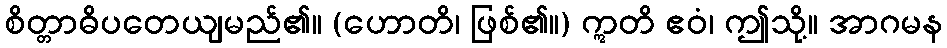
စိတ္တာဓိပတေယျမည်၏။ (ဟောတိ၊ ဖြစ်၏။) ဣတိ ဧဝံ၊ ဤသို့။ အာဂမန